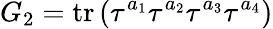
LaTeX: G_{2}=\mathrm{tr}\left(\tau^{a_{1}}\tau^{a_{2}}\tau^{a_{3}}\tau^{a_{4}}\right)